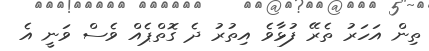
ތިން އަހަރު ތެރޭ ފުޅާވެ އިތުރު ދެ ގޮތްޕެއް ވެސް ވަނީ އެ